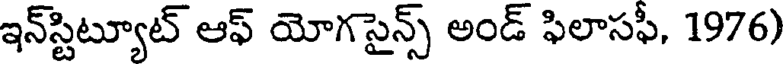
ఇన్స్టిట్యూట్ ఆఫ్ యోగసైన్స్ అండ్ ఫిలాసఫీ, 1976)